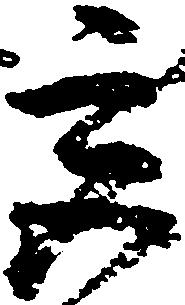
宮